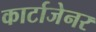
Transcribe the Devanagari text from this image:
कार्टाजेनर